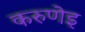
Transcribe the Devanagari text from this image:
करुणेइ